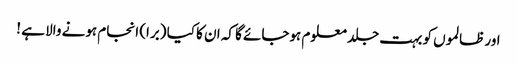
اور ظالموں کو بہت جلد معلوم ہوجائے گا کہ ان کا کیا (برا) انجام ہونے والا ہے !